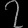
Digit: ၇